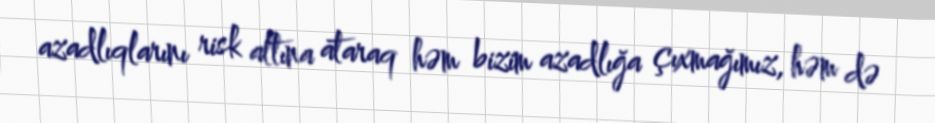
azadlıqlarını risk altına ataraq həm bizim azadlığa çıxmağımız, həm də